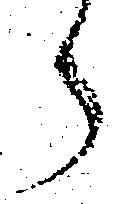
う